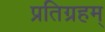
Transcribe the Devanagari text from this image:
प्रतिग्रहम्